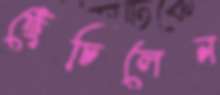
ছেঁচিলেন